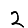
Digit: 2